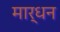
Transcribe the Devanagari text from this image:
मार्धन